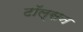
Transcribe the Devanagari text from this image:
टॉल्सन